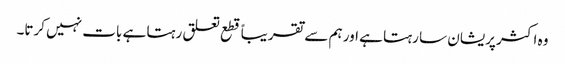
وہ اکثر پریشان سا رہتا ہے اور ہم سے تقریباً قطع تعلق رہتا ہے بات نہیں کرتا۔